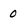
Character: 0